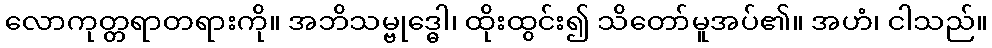
လောကုတ္တရာတရားကို။ အဘိသမ္ဗုဒ္ဓေါ၊ ထိုးထွင်း၍ သိတော်မူအပ်၏။ အဟံ၊ ငါသည်။